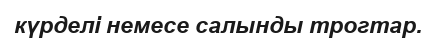
күрделі немесе салынды трогтар.